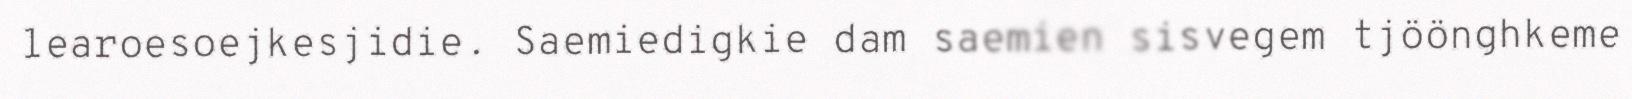
learoesoejkesjidie. Saemiedigkie dam saemien sisvegem tjöönghkeme